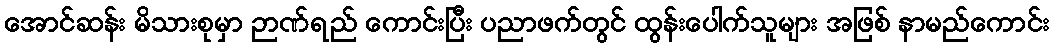
အောင်ဆန်း မိသားစုမှာ ဉာဏ်ရည် ကောင်းပြီး ပညာဖက်တွင် ထွန်းပေါက်သူများ အဖြစ် နာမည်ကောင်း